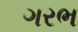
ગરભ